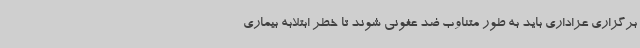
برگزاری عزاداری باید به طور متناوب ضد عفونی شوند تا خطر ابتلابه بیماری